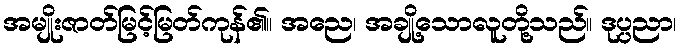
အမျိုးဇာတ်မြင့်မြတ်ကုန်၏။ အညေ၊ အချို့သောလူတို့သည်။ ဒုပ္ပညာ၊